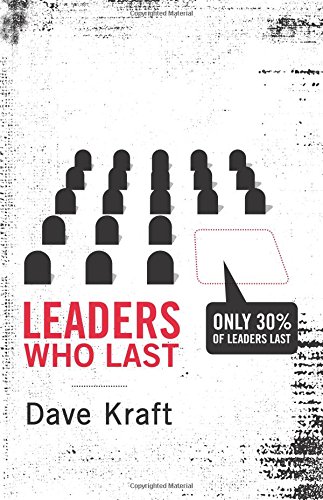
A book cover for Leaders Who Last; Dave Kraft; Christian Books & Bibles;